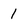
Character: 1